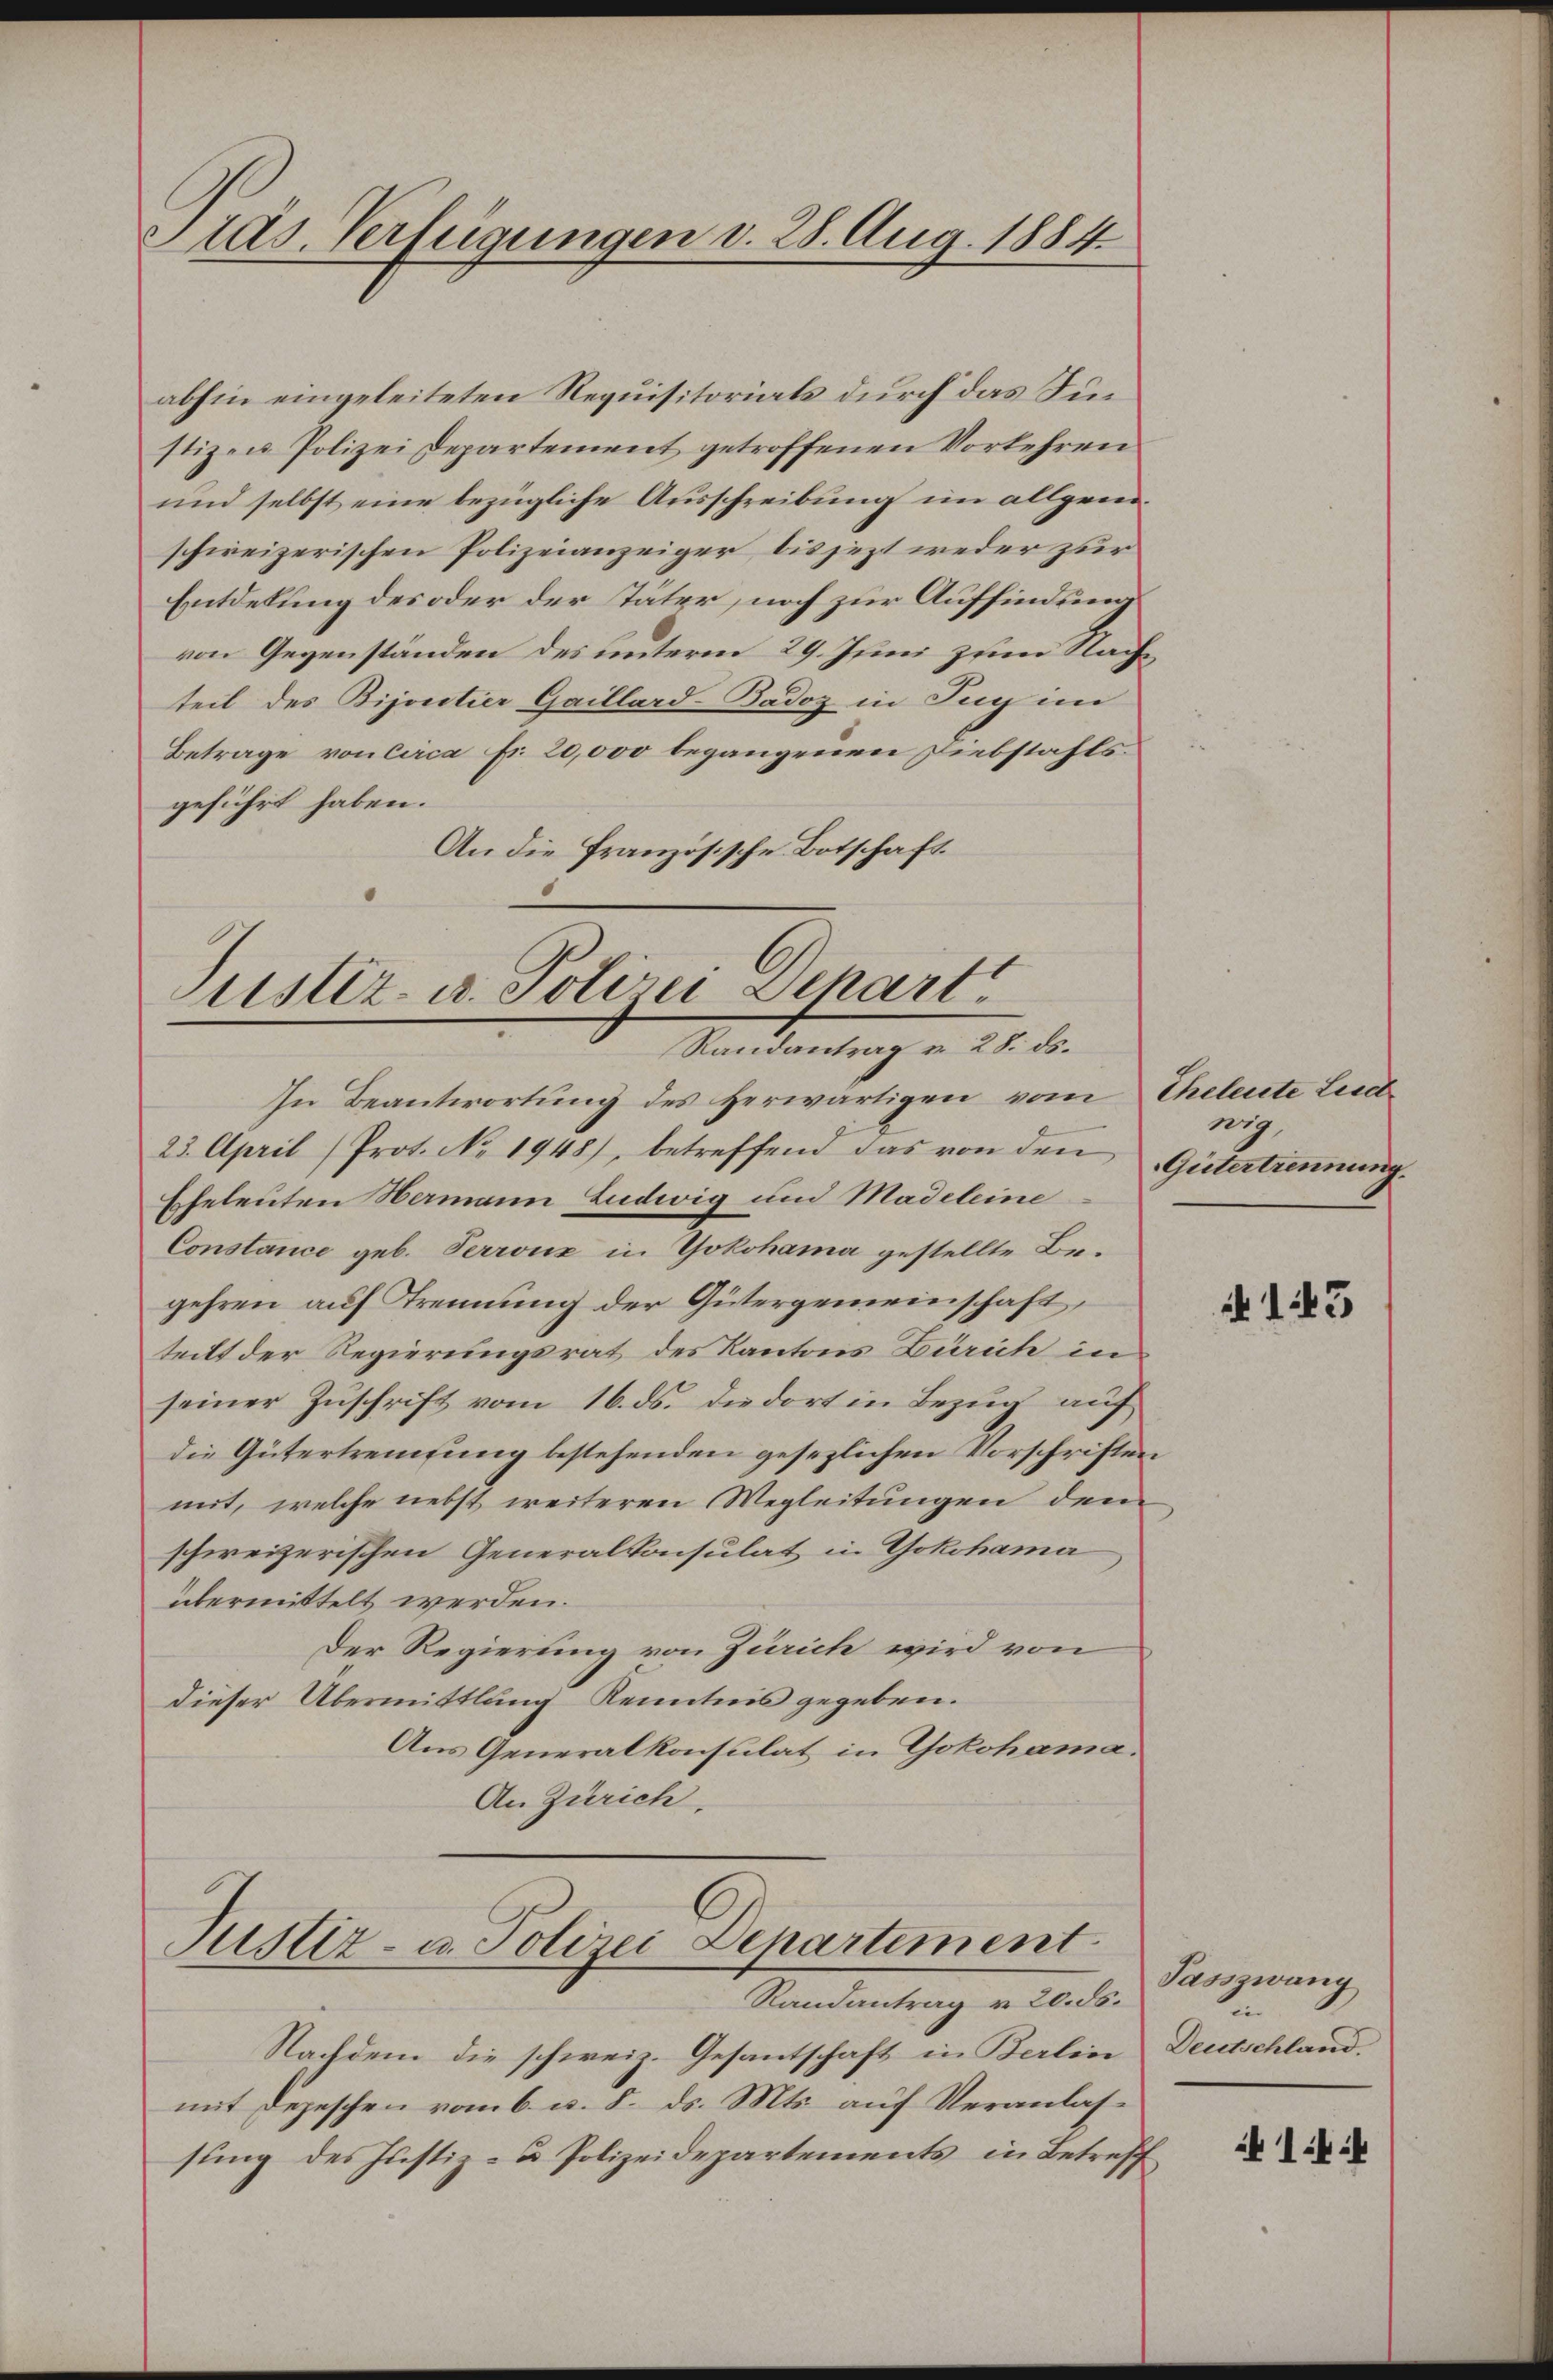
Alas. Verfügungen d. 28. Aug. 1884.

abhin eingeleiteten Requisitoriats durch das Finstizen Polizei Departement getroffenen Vorkehren
und selbst eine bezügliche Ausschreibung im allgemschweizerischen Polizeianzeiger bis jezt weder zur
Entdelung des oder der Täter, noch zur Auffindung
von Gegenständen des unterm 29. Juni zum Nachteil des Bijoretier Gaillard-Badoz in Tuy im
Betrage von circa Fr. 20,000 begangenen Diebstahls
geführt haben.
An die Französische Botschaft.

Justiz- u. Polizei Depart
Randantrag v. 28. ds.

In Beantwortung des Herwärtigen vom Eheleute Lied¬
23. April (Prot. No 1948), betreffend das von den
Eheleuten Hermann Ludwig und Madeleine
Constance geb. Perronz in Yokohama gestellte Begehren auf Trennung der Gütergemeinschaft,
teilt der Regierungsrat des Kantons Zürich in
seiner Zuschrift vom 16. ds. die dort in Bezug auf
die Gütertreifung bestehenden gesezlichen Vorschriften
mit, welche nebst weiteren Wegleitungen dem
schweizerischen Generalkonsulat in Yokohama
übermittelt werden.
Der Regierung von Zürich wird von
dieser Übermittlung Kenntnis gegeben.
Aus Generalkonsulat in Yokohama.
An Zürich,

Justiz- u. Polizei Departement

Randantrag v. 20. ds.
Nachdem die schweiz. Gesantschaft in Berlin Deutschland.
mit Depeschen vom 6. d. 8. ds. Mts. auf Veranlassung des Justiz- u Polizeidepartements in Betreff

wig
Gütertrennung.

145

Passzwang

1